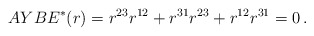
\begin{align*} AYBE^*(r) = r^{23}r^{12}+r^{31}r^{23}+r^{12}r^{31}=0\,.\end{align*}